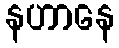
နဟာနေ